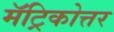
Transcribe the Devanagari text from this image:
मॅट्रिकोत्तर